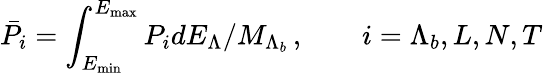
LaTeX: \bar{P}_{i}=\int_{E_{\operatorname*{min}}}^{E_{\operatorname*{max}}}P_{i}dE_{\Lambda}/M_{\Lambda_{b}}\, ,\quad\quad i=\Lambda_{b},L,N,T